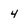
Character: 4